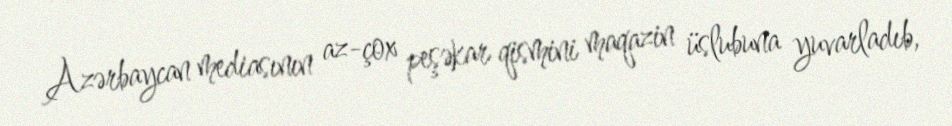
Azərbaycan mediasının az-çox peşəkar qismini maqazin üslubuna yuvarladıb,